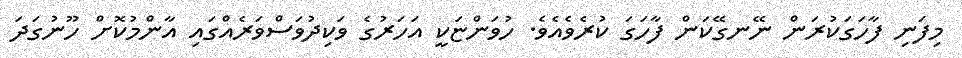
މިފަނި ފާހަގަކުރަން ނޭނގޭކަން ފާހަގަ ކުރެވެއެވެ. ހުވަންޏަކީ އަހަރުގެ ވަކިދުވަސްވަރެއްގައި އާންމުކޮށް ހޫނުގަދަ